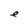
Character: e